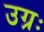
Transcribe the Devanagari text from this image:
उग्रः